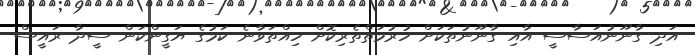
އަދި ގާނޫނުއަސާސީ އާއި ގާނޫނުތަކަށް ހުރުމަތްތެރިކޮށް ހިއްތަވާނެ ކަމުގެ ޔަގީންކަން ސީދާ ރައީސް